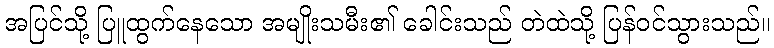
အပြင်သို့ ပြူထွက်နေသော အမျိုးသမီး၏ ခေါင်းသည် တဲထဲသို့ ပြန်ဝင်သွားသည်။